Vaccination in Bombay 1863-1868 - 1863-1868
Year: 1863
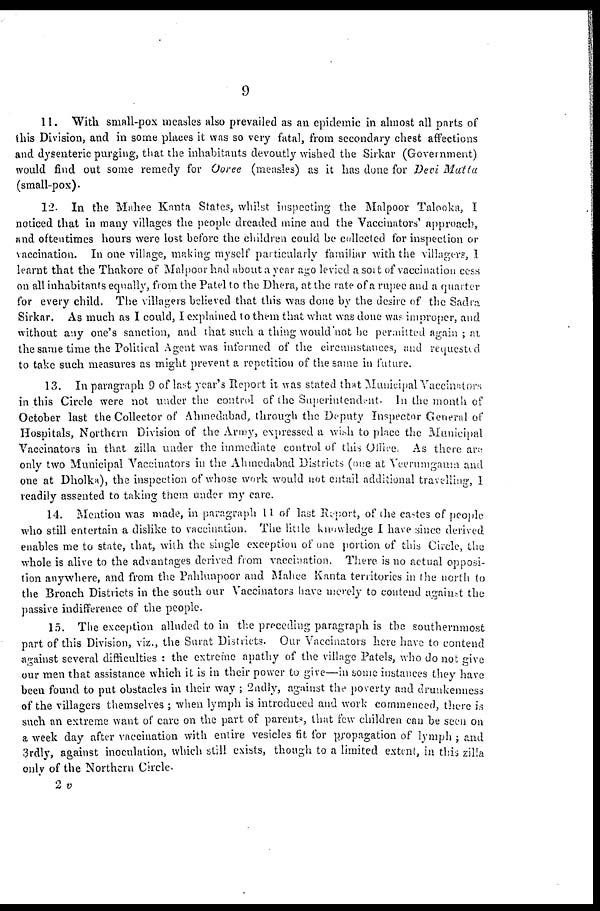
9
11. With small-pox measles also prevailed as an epidemic in almost all parts of
this Division, and in some places it was so very fatal, from secondary chest affections
and dysenteric purging, that the inhabitants devoutly wished the Sirkar (Government)
would find out some remedy for Ooree (measles) as it has done for Devi Matta
(small-pox).
12. In the Mahee Kanta States, whilst inspecting the Malpoor Talooka, I
noticed that in many villages the people dreaded mine and the Vaccinators' approach,
and oftentimes hours were lost before the children could be collected for inspection or
vaccination. In one village, making myself particularly familiar with the villagers, I
learnt that the Thakore of Malpoor had about a year ago levied a sort of vaccination cess
on all inhabitants equally, from the Patel to the Dhera, at the rate of a rupee and a quarter
for every child. The villagers believed that this was done by the desire of the Sadra
Sirkar. As much as I could, I explained to them that what was done was improper, and
without any one's sanction, and that such a thing would not be permitted again ; at
the same time the Political Agent was informed of the circumstances, and requested
to take such measures as might prevent a repetition of the same in future.
13. In paragraph 9 of last year's Report it was stated that Municipal Vaccinators
in this Circle were not under the control of the Superintendent. In the month of
October last the Collector of Ahmedabad, through the Deputy Inspector General of
Hospitals, Northern Division of the Army, expressed a wish to place the Municipal
Vaccinators in that zilla under the immediate control of this Office. As there are
only two Municipal Vaccinators in the Ahmedabad Districts (one at Veerumgaum and
one at Dholka), the inspection of whose work would not entail additional travelling, I
readily assented to taking them under my care.
14. Mention was made, in paragraph 11 of last Report, of (the castes of people
who still entertain a dislike to vaccination. The little knowledge I have since derived
enables me to state, that, with the single exception of one portion of this Circle, the
whole is alive to the advantages derived from vaccination. There is no actual opposi-
tion anywhere, and from the Pahlunpoor and Mahee Kanta territories in the north to
the Broach Districts in the south our Vaccinators have merely to contend against the
passive indifference of the people.
15. The exception alluded to in the preceding paragraph is the southernmost
part of this Division, viz., the Surat Districts. Our Vaccinators here have to contend
against several difficulties : the extreine apathy of the village Patels, who do not give
our men that assistance which it is in their power to give—in some instances they have
been found to put obstacles in their way ; 2ndly, against the poverty and drunkenness
of the villagers themselves ; when lymph is introduced and work commenced, there is
such an extreme want of care on the part of parents, that few children can be seen on
a week day after vaccination with entire vesicles fit for propagation of lymph ; and
3rdly, against inoculation, which still exists, though to a limited extent, in this zilla
only of the Northern Circle.
2 v